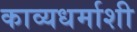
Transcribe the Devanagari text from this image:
काव्यधर्माशी